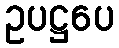
ဥပဋ္ဌပေ